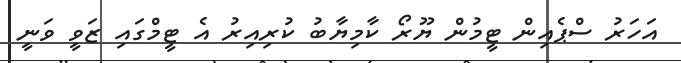
އަހަރު ސްޕެއިން ޓީމުން ޔޫރޯ ކާމިޔާބު ކުރިއިރު އެ ޓީމްގައި ޒަވީ ވަނީ